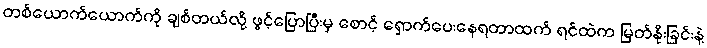
တစ်ယောက်ယောက်ကို ချစ်တယ်လို့ ဖွင့်ပြောပြီးမှ စောင့် ရှောက်ပေးနေရတာထက် ရင်ထဲက မြတ်နိုးခြင်းနဲ့